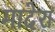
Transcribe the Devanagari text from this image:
मादेरा